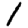
Digit: 1